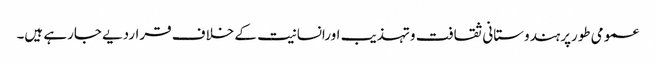
عمومی طورپرہندوستانی ثقافت وتہذیب اورانسانیت کے خلاف قراردیے جارہے ہیں۔